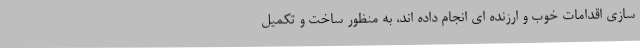
سازی اقدامات خوب و ارزنده ای انجام داده اند، به منظور ساخت و تکمیل